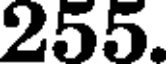
255.